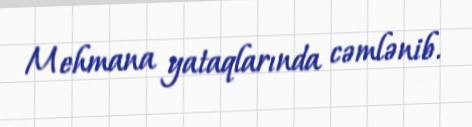
Mehmana yataqlarında cəmlənib.